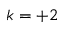
k = + 2